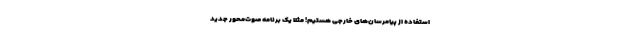
استفاده از پیامرسان‌های خارجی هستیم! مثلا یک برنامه صوت‌محور جدید